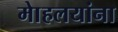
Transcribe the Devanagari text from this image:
माेहलयांना